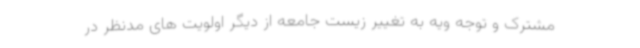
مشترک و توجه ویه به تغییر زیست جامعه از دیگر اولویت های مدنظر در